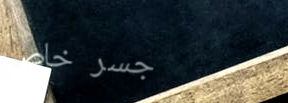
جسر خاص